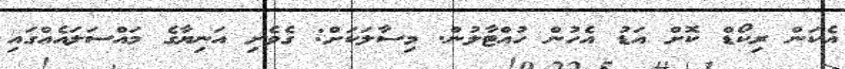
އެކަން ރިކޯޑް ކޮށް އަޑު އެހުން ހުއްޓާލުން. މިސާލަކަށް: ގެވެށި އަނިޔާގެ މައްސަލައެއްގައި